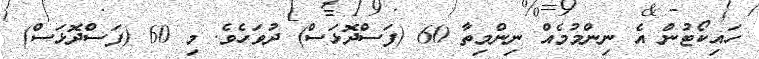
ހައިކޯޓުން އެ ނިންމުމެއް ނިންމިތާ 60 (ފަސްދޮޅަސް) ދުވަހެވެ. މި 60 (ފަސްދޮޅަސް)